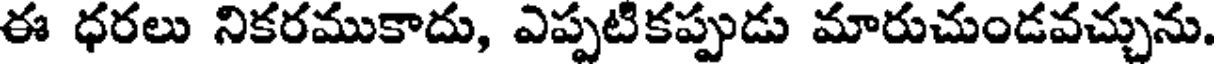
ఈ ధరలు నికరముకాదు, ఎప్పటికప్పుడు మారుచుండవచ్చును.